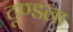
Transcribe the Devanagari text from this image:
टूण्‍डला